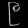
Digit: ၉